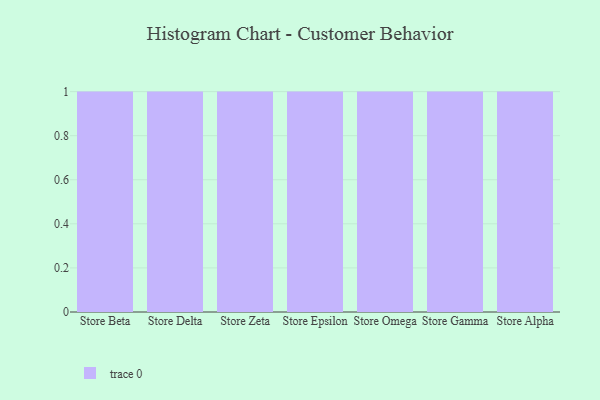
{"axis": {"x": "Store", "y": "Inventory Turnover"}, "legend": [""], "data": [{"x": "Store Beta", "y": 93, "type": ""}, {"x": "Store Delta", "y": 65, "type": ""}, {"x": "Store Zeta", "y": 48, "type": ""}, {"x": "Store Epsilon", "y": 85, "type": ""}, {"x": "Store Omega", "y": 6, "type": ""}, {"x": "Store Gamma", "y": 27, "type": ""}, {"x": "Store Alpha", "y": 97, "type": ""}]}